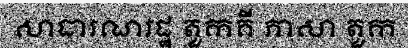
សាធារណរដ្ឋ តួកគី ភាសា តួក